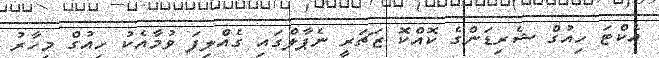
އެކްޓަ ހިއުގް ޝެރިޑަންގެ ކޮއްކޮ ޒަޗަރީ ނެޕާލްގައި ގެއްލިފަ ވުމާއެކު ހިއުގް މިހާރު